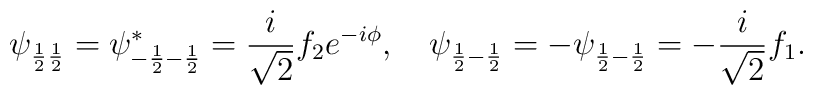
\psi_{\frac{1}{2}\frac{1}{2}}= \psi^*_{-\frac{1}{2}-\frac{1}{2}}= \frac{i}{\sqrt{2}}f_2 e^{-i\phi},\quad\psi_{\frac{1}{2}-\frac{1}{2}}=-\psi_{\frac{1}{2}-\frac{1}{2}}= -\frac{i}{\sqrt{2}}f_1.